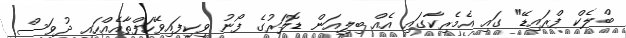
ބްލެކް ފްރައިޑޭ" ގައި އެމެރިކާގައި އެއް ބިލިއަން ޑޮލަރުގެ ފޯނު ވިކިފައިވޭހަފްތާއެއްހައި ދުވަސް